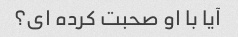
آیا با او صحبت کرده ای؟